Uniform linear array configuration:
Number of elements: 32
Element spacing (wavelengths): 1
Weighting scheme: blackman
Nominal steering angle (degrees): -45
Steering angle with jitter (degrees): -44.861
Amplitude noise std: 0.05
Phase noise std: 0.05

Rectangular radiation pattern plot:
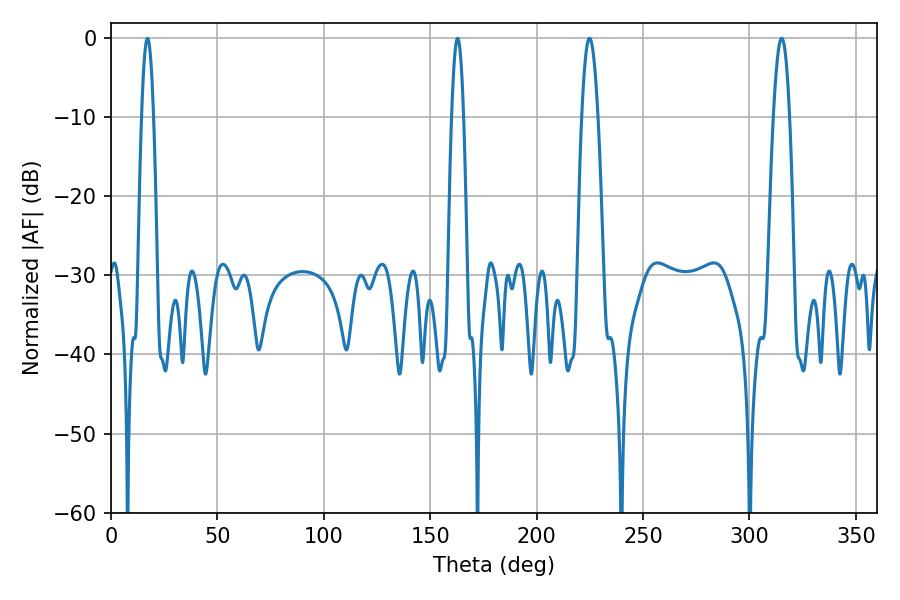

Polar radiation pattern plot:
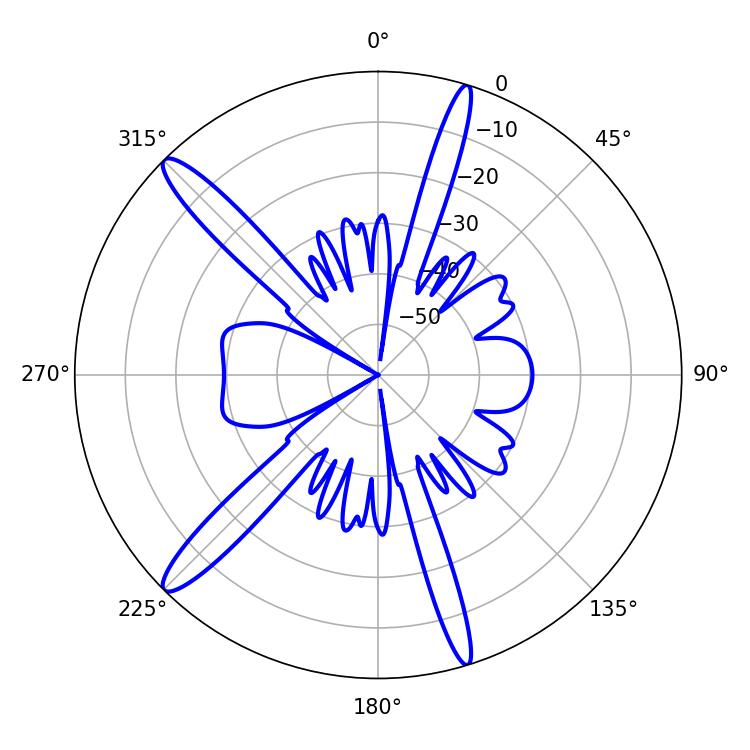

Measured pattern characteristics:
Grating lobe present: TRUE
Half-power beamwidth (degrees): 4.14
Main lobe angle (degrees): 224.82